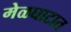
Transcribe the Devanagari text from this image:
मेळघाटात